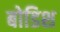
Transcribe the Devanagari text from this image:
बोडिश